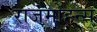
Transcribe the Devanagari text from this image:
राजमोहन्स